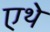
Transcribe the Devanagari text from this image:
एथे